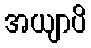
အယျာပိ